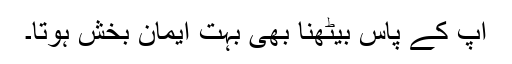
آپ کے پاس بیٹھنا بھی بہت ایمان بخش ہوتا۔